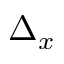
\Delta _ { x }